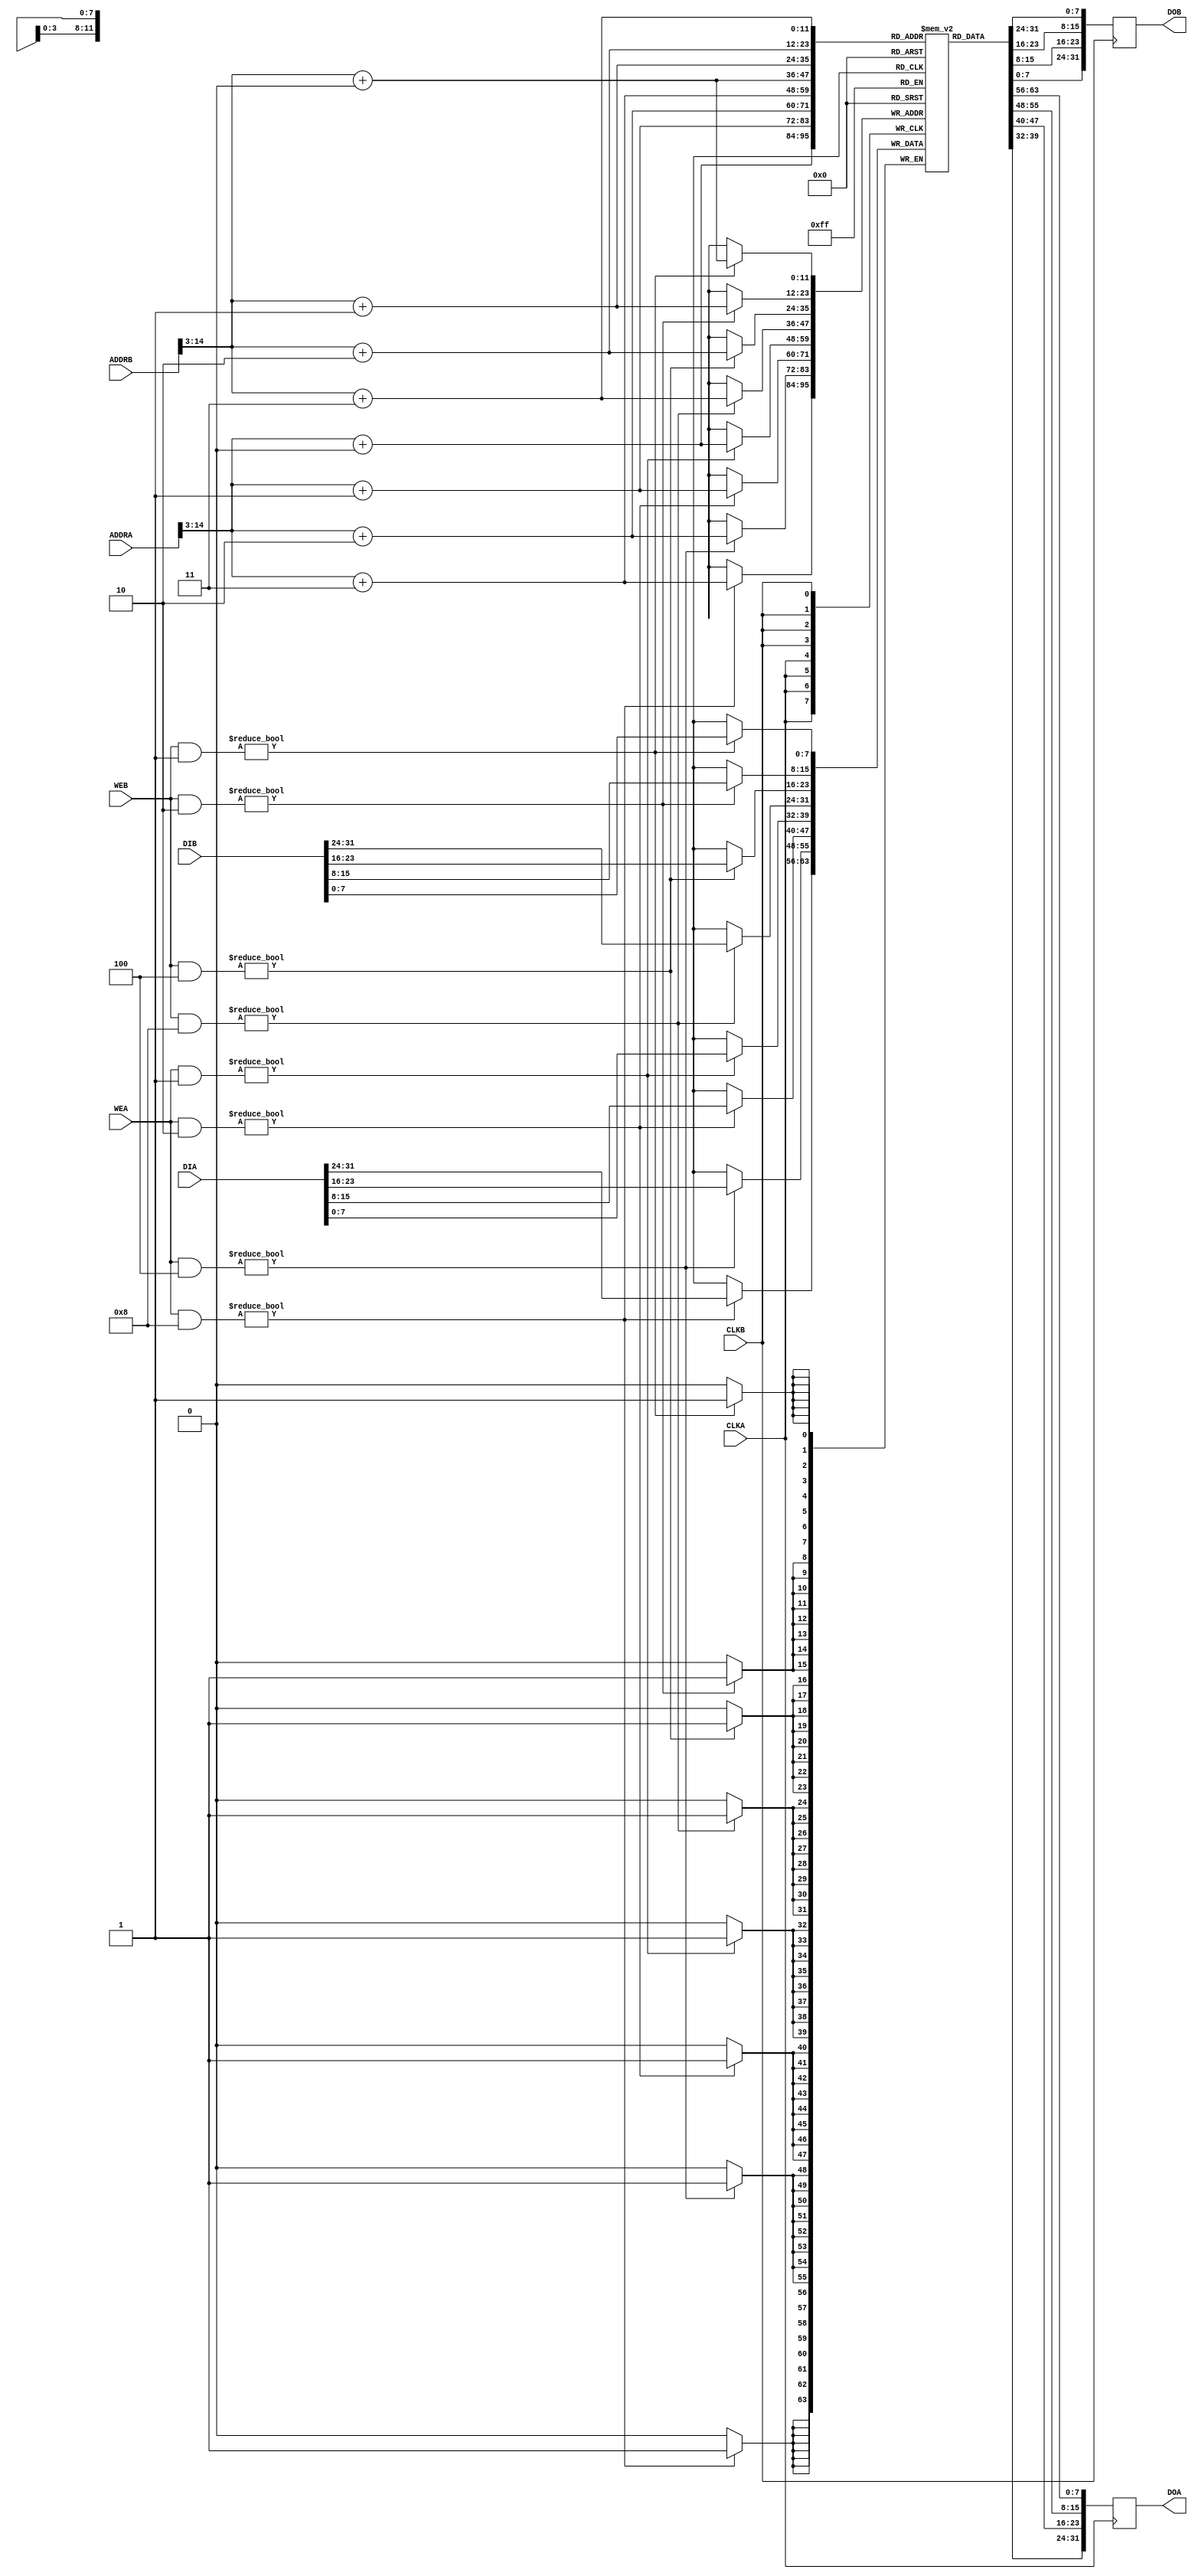
module hm_memory_32 (
		input [31:0] DIA,
		output reg [31:0] DOA,
		input [15:0] ADDRA,
		input [3:0] WEA,
		input CLKA,

		input [31:0] DIB,
		output reg [31:0] DOB,
		input [15:0] ADDRB,
		input [3:0] WEB,
		input CLKB
);

// Memory
reg [7:0] mem [4095:0];

integer d;
task init;
  begin
    DOA <= 32'b0;
    DOB <= 32'b0;
    for (d = 0; d < 4096; d = d + 1) begin
      // mem[d][7:0] = 8'b0;
      mem[d][7:0] = d / 4;
    end
  end
endtask

initial begin
  init();
end

wire [11:0] ADDRA_ = ADDRA[14:3];
wire [11:0] ADDRB_ = ADDRB[14:3];

always @(posedge CLKA) begin
  begin
    if (WEA & 4'b0001) begin
      mem[ADDRA_ + 0] <= DIA[7 : 0];
    end
    if (WEA & 4'b0010) begin
      mem[ADDRA_ + 1] <= DIA[15: 8];
    end
    if (WEA & 4'b0100) begin
      mem[ADDRA_ + 2] <= DIA[23:16];
    end
    if (WEA & 4'b1000) begin
      mem[ADDRA_ + 3] <= DIA[31:24];
    end
  end
  DOA <= {mem[ADDRA_ + 3], mem[ADDRA_ + 2], mem[ADDRA_ + 1], mem[ADDRA_ + 0]};
end

always @(posedge CLKB) begin
  begin
    if (WEB & 4'b0001) begin
      mem[ADDRB_ + 0] <= DIB[7 : 0];
    end
    if (WEB & 4'b0010) begin
      mem[ADDRB_ + 1] <= DIB[15: 8];
    end
    if (WEB & 4'b0100) begin
      mem[ADDRB_ + 2] <= DIB[23:16];
    end
    if (WEB & 4'b1000) begin
      mem[ADDRB_ + 3] <= DIB[31:24];
    end
  end
  DOB <= {mem[ADDRB_ + 3], mem[ADDRB_ + 2], mem[ADDRB_ + 1], mem[ADDRB_ + 0]};
end

endmodule